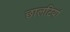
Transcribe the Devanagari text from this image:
छालटियां